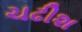
ચઢીશ